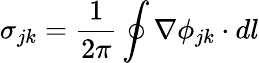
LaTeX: \sigma_{jk}=\frac{1}{2\pi}\oint\nabla\phi_{jk}\cdot dl